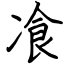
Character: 飡